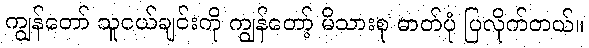
ကျွန်တော် သူငယ်ချင်းကို ကျွန်တော့် မိသားစု ဓာတ်ပုံ ပြလိုက်တယ်။